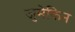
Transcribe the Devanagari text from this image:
जुमेकिन